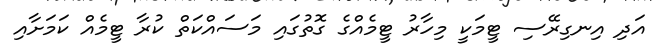
އަދި އިނގިރޭސި ޓީމަކީ މިހާރު ޓީމެއްގެ ގޮތުގައި މަސައްކަތް ކުރާ ޓީމެއް ކަމަށާއި